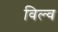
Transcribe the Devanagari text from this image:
विल्व